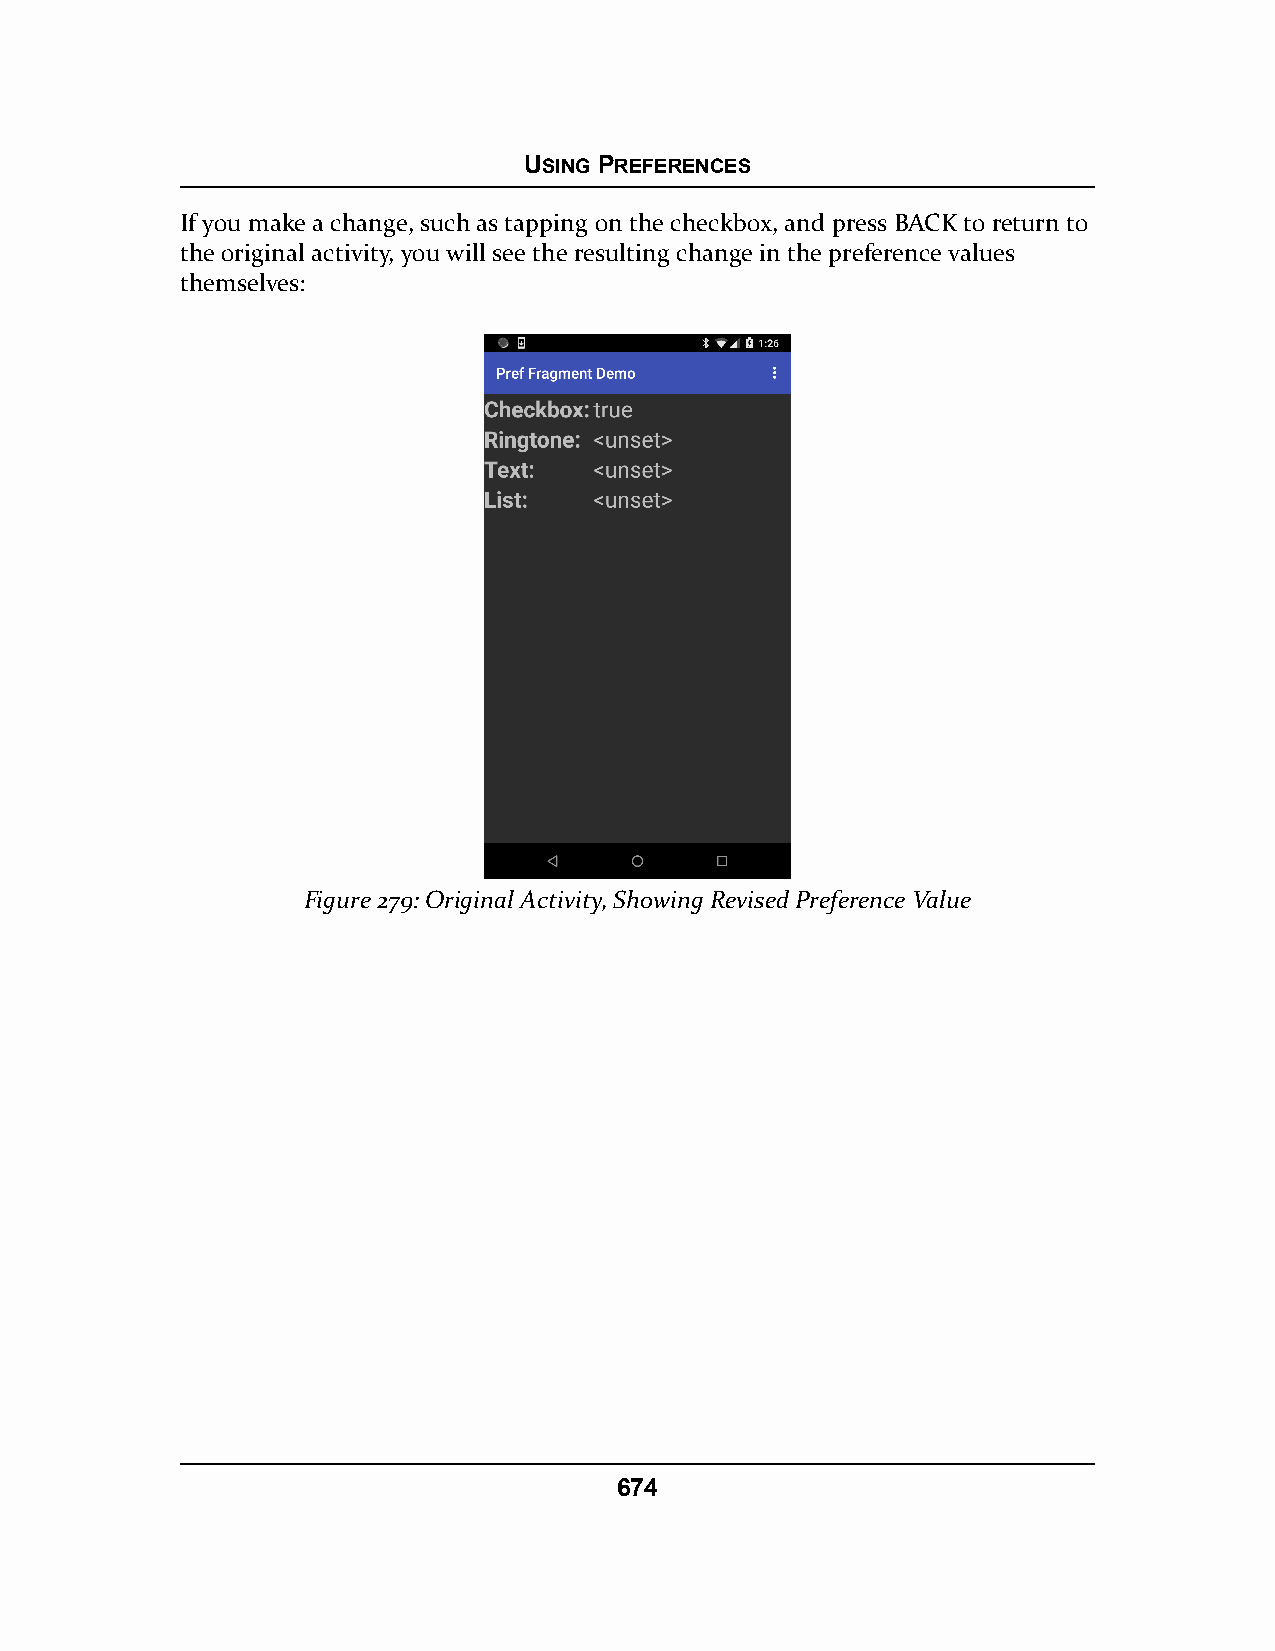
USING PREFERENCES
 If you make a change, such as tapping on the checkbox, and press BACK to return to
 the original activity, you will see the resulting change in the preference values
 themselves:
 Figure 279: Original Activity, Showing Revised Preference Value
 674